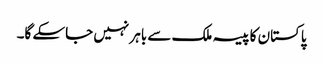
پاکستان کا پیسہ ملک سے باہر نہیں جاسکے گا۔